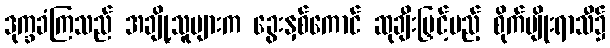
ဒုက္ခခံကြသည် အချို့သူများက ခွေးနှစ်ကောင် ဆုချီးမြှင့်မည့် စိုက်ပျိုးရာသီ၌